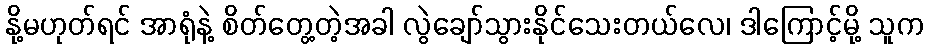
နို့မဟုတ်ရင် အာရုံနဲ့ စိတ်တွေ့တဲ့အခါ လွဲချော်သွားနိုင်သေးတယ်လေ၊ ဒါကြောင့်မို့ သူက